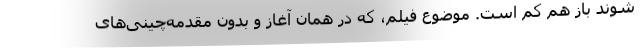
شوند باز هم کم است. موضوع فیلم، که در همان آغاز و بدون مقدمه‌چینی‌های